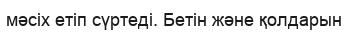
мәсіх етіп сүртеді. Бетін және қолдарын